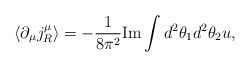
\begin{align*}\langle\partial_\mu j_R^\mu\rangle =- \frac{1}{8\pi^2} \mbox{Im} \int d^2\theta_1 d^2\theta_2 u,\end{align*}